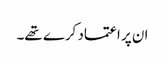
ان پر اعتماد کرے تھے۔